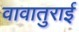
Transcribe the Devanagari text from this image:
वावातुराई